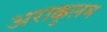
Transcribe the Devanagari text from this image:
अराक्कुलम